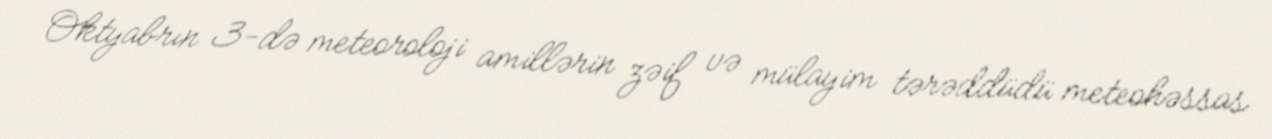
Oktyabrın 3-də meteoroloji amillərin zəif və mülayim tərəddüdü meteohəssas